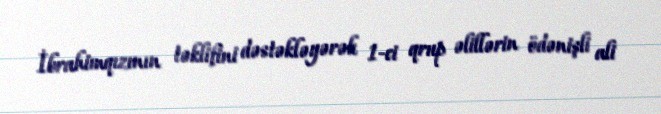
İbrahimqızının təklifini dəstəkləyərək 1-ci qrup əlillərin ödənişli ali